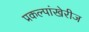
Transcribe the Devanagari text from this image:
प्रकल्पांखेरीज